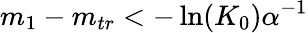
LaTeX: m_{1}-m_{tr}<-\ln(K_{0})\alpha^{-1}